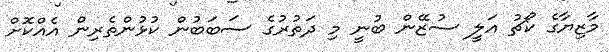
މާޒިޔާގެ ކޯޗު އަލީ ސުޒޭން ބުނީ މި ދަތުރުގެ ސަބަބުން ކުޅުންތެރިން އެއްކޮށް